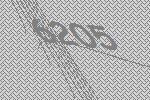
6205